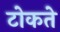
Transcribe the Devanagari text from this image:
टोकते